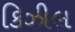
કિઝીલ